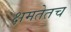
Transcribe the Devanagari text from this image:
क्षमतेतच